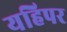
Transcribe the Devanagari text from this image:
यहिपर